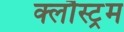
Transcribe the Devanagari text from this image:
क्लौस्ट्रम